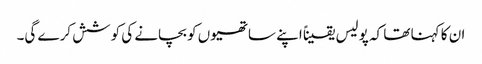
ان کا کہنا تھا کہ پولیس یقیناً اپنے ساتھیوں کو بچانے کی کوشش کرے گی۔